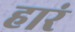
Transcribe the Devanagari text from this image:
हारं